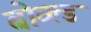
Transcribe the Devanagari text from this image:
बोव्ल्ड